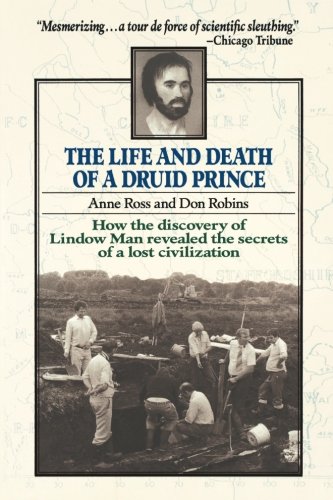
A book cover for Life and Death of a Druid Prince; Anne Ross; Religion & Spirituality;